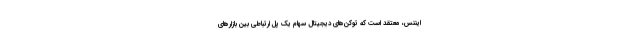
ایننس، معتقد است که توکن‌های دیجیتال سهام یک پل ارتباطی بین بازارهای